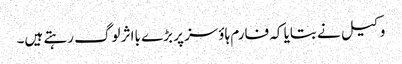
وکیل نے بتایا کہ فارم ہاؤسز پر بڑے بااثر لوگ رہتے ہیں۔